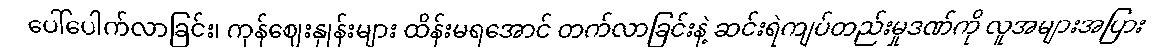
ပေါ်ပေါက်လာခြင်း၊ ကုန်ဈေးနှုန်းများ ထိန်းမရအောင် တက်လာခြင်းနဲ့ ဆင်းရဲကျပ်တည်းမှုဒဏ်ကို လူအများအပြား